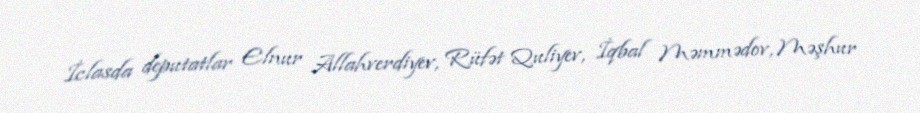
İclasda deputatlar Elnur Allahverdiyev, Rüfət Quliyev, İqbal Məmmədov, Məşhur